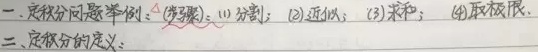
一、定积分问题举例：（步骤）：(1) 分割；(2) 近似；(3) 求和；(4) 取极限.
二、定积分的定义：